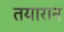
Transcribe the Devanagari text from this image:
तयारान